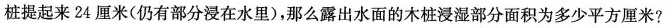
桩提起来24厘米(仍有部分浸在水里)，那么露出水面的木桩浸湿部分面积为多少平方厘米?